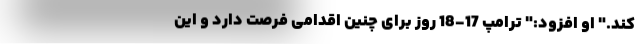
کند." او افزود:" ترامپ 17-18 روز برای چنین اقدامی فرصت دارد و این